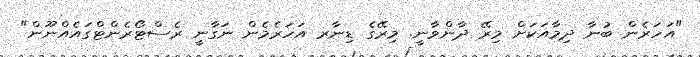
"އަހަރެން ބުނާ ދިމާއަކަށް މިރޭ ދާންވާނީ. މިރޭގެ ޑިނާރ އަހަރެމެން ނަގާނީ ރެސްޓޯރެންޓްގައެއްނޫން"